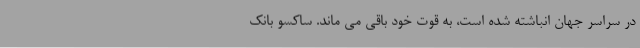
در سراسر جهان انباشته شده است، به قوت خود باقی می ماند. ساکسو بانک